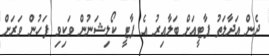
ދެން އަދާލަތު ޕާޓީއަށް ބަލާއިރު އެ ޕާޓީ ކޯލިޝަނުން ވަކިވި ފަހުން ވަރަށް